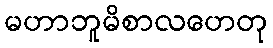
မဟာဘူမိစာလဟေတု